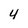
Character: 4